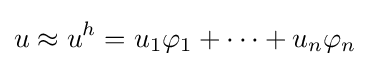
u\approx u^{h}=u_{1}\varphi _{1}+\cdots +u_{n}\varphi _{n}